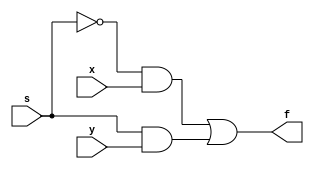
module mux2to1(x,y,s,f);

    input x,y,s;
    output f;
    assign f = (~s & x) |  (s & y);

endmodule